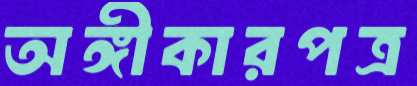
অঙ্গীকারপত্র